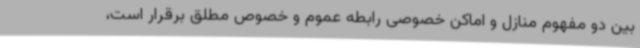
بین دو مفهوم منازل و اماکن خصوصی رابطه عموم و خصوص مطلق برقرار است،